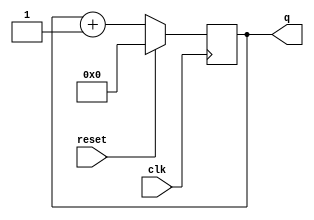
module top_module (
    input clk,
    input reset,      // Synchronous active-high reset
    output [3:0] q);
    always@(posedge clk)
        if(reset)
            q <= 4'b0000;
    	else 
            q <= q + 1;
endmodule